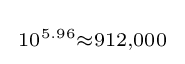
{\begin{smallmatrix}10^{5.96}\approx 912,000\end{smallmatrix}}